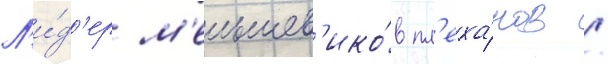
Л'и́д'ер м'еньшев'ико́в пл'еха́нов /